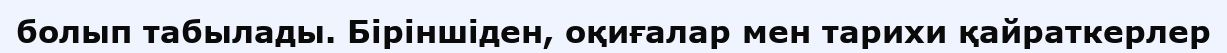
болып табылады. Біріншіден, оқиғалар мен тарихи қайраткерлер